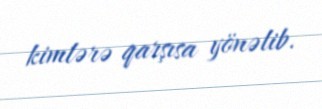
kimlərə qarşısa yönəlib.